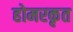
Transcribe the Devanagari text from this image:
होमरकृत